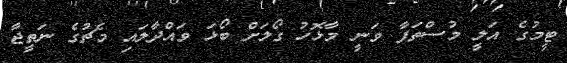
ޓީމުގެ އަލީ މުސްތަފާ ވަނީ މާޅޮހު ގޯލަށް ބޯޅަ ވައްދާލައި މެޗުގެ ނަތީޖާ